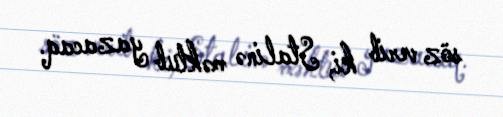
söz verib ki, Stalinə məktub yazacaq.